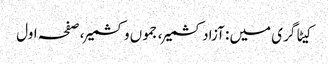
کیٹاگری میں : آزاد کشمیر، جموں وکشمیر، صفحہ اول